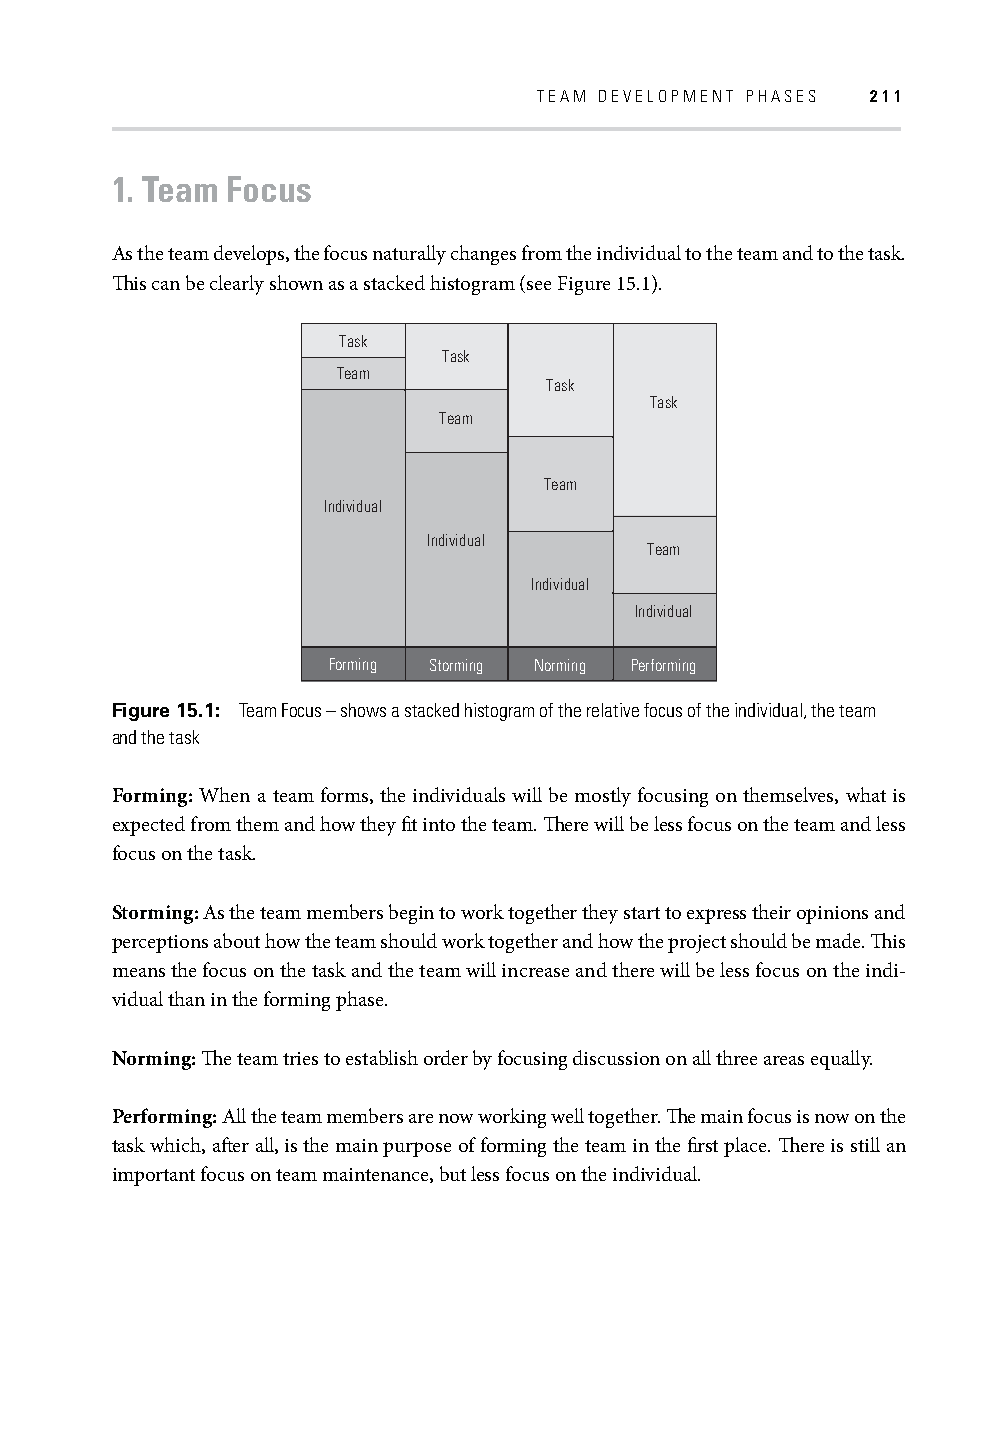
TEAM DEVELOPMENT PHASES 211
 1. Team Focus
 As the team develops, the focus naturally changes from the individual to the team and to the task.
 Th is can be clearly shown as a stacked histogram (see Figure 15.1).
 Task
 Task
 Team
 Task
 Task
 Team
 Team
 Individual
 Individual
 Team
 Individual
 Individual
 Forming Storming Norming Performing
 Figure 15.1: Team Focus – shows a stacked histogram of the relative focus of the individual, the team
 and the task
 Forming: When a team forms, the individuals will be mostly focusing on themselves, what is
 expected from them and how they fi t into the team. Th ere will be less focus on the team and less
 focus on the task.
 Storming: As the team members begin to work together they start to express their opinions and
 perceptions about how the team should work together and how the project should be made. Th is
 means the focus on the task and the team will increase and there will be less focus on the indi-
 vidual than in the forming phase.
 Norming: Th e team tries to establish order by focusing discussion on all three areas equally.
 Performing: All the team members are now working well together. Th e main focus is now on the
 task which, aft er all, is the main purpose of forming the team in the fi rst place. Th ere is still an
 important focus on team maintenance, but less focus on the individual.